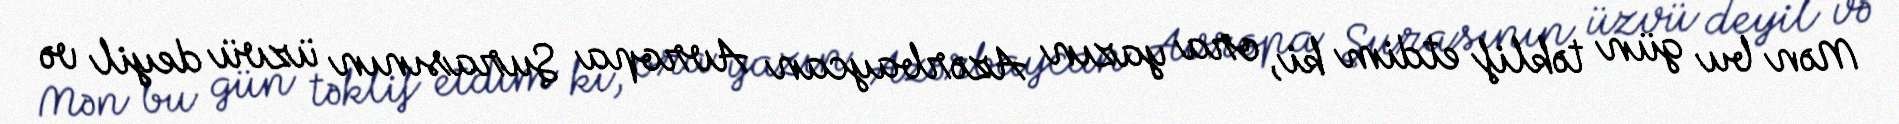
Mən bu gün təklif etdim ki, ora yazın Azərbaycan Avropa Şurasının üzvü deyil və